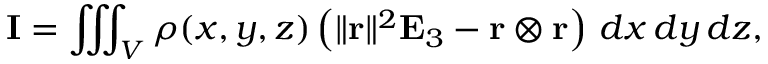
\mathbf { I } = \iiint _ { V } \rho ( x , y , z ) \left( \| \mathbf { r } \| ^ { 2 } \mathbf { E } _ { 3 } - \mathbf { r } \otimes \mathbf { r } \right) \, d x \, d y \, d z ,